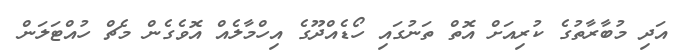
އަދި މުބާރާތުގެ ކުރިއަށް އޮތް ތަނުގައި ހޯޑެއްދޫގެ އިހްމާލެއް އޮވެގެން މެޗް ހުއްޓަލަން